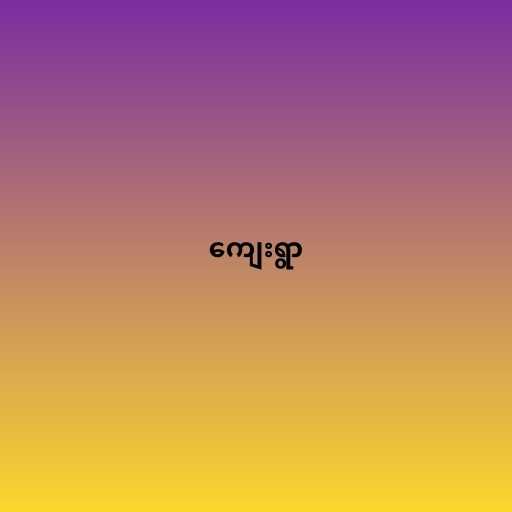
ကျေးရွာ